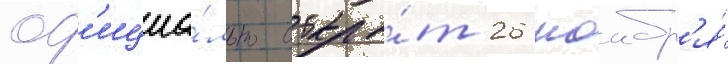
оф'ициа́льно откры́т 26 ноабр'я́